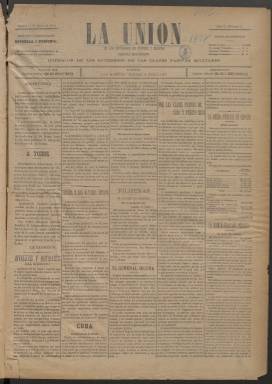
Título: La Unión de los retirados de guerra y marina
Colección: Fuerzas armadas
Ámbito geográfico: Madrid
Lugar de publicación: Madrid
Fechas: 17/03/1898-05/11/1898